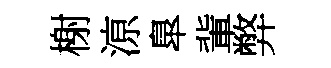
榭鿌臯軰弊